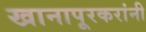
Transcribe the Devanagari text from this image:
खानापूरकरांनी